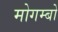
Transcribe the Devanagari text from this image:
मोगम्बो